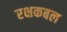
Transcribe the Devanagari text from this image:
रक्षकबल